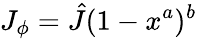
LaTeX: J_{\phi}=\hat{J}(1-x^{a})^{b}